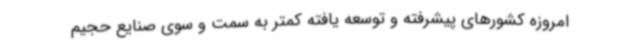
امروزه کشورهای پیشرفته و توسعه یافته کمتر به سمت و سوی صنایع حجیم